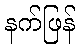
နက်ဖြန်